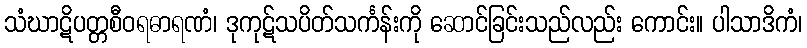
သံဃာဋိပတ္တစီဝရဓာရဏံ၊ ဒုကုဋ်သပိတ်သင်္ကန်းကို ဆောင်ခြင်းသည်လည်း ကောင်း။ ပါသာဒိကံ၊